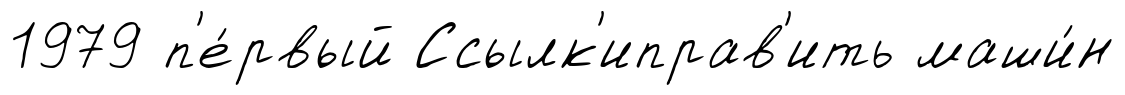
1979 п'е́рвый Ссылк'иправ'ить маши́н